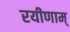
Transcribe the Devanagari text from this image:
रयीणाम्